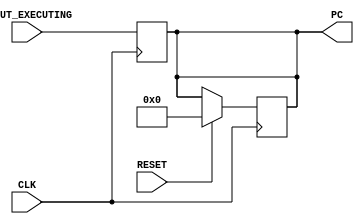
// Computer Architecture (CO224) - Lab 05
// Design: Program Count Module
// Group Number : 27
// E Numbers : E/18/077, E/18/227
// Names : Dharmarathne N.S., Mudalige D.H.

module pc (
	output reg [31:0] PC,
    input RESET,
    input CLK,
	input [31:0] PCOUT_EXECUTING);
	
	always @(posedge CLK) begin
		if (RESET) begin	// when resetting the pc,
			// write zero to pc value instead of the next pc value 
			// with a delay of 1 time unit
			#1 PC = 0;  
		end
	end

	always @(posedge CLK) begin
            // PC Update
            #1 PC = PCOUT_EXECUTING;
	end
endmodule